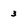
Character: 3